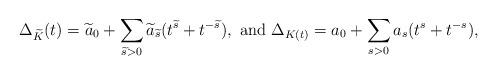
LaTeX: \begin{align*}\Delta_{\widetilde{K}}(t) = \widetilde{a}_0 + \sum_{\widetilde{s} > 0} \widetilde{a}_{\widetilde{s}} (t^{\widetilde{s}} + t^{-\widetilde{s}}), \mbox{ and } \Delta_{K(t)} = a_0 + \sum_{s > 0} a_s (t^s + t^{-s}),\end{align*}